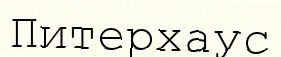
Питерхаус